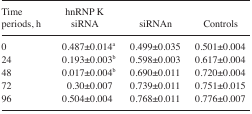
<table><thead><tr><td><b>Time periods, h</b></td><td><b>hnRNP K siRNA</b></td><td><b>siRNAn</b></td><td><b>Controls</b></td></tr></thead><tbody><tr><td>0</td><td>0.487±0.014a</td><td>0.499±0.035</td><td>0.501±0.004</td></tr><tr><td>24</td><td>0.193±0.003b</td><td>0.598±0.003</td><td>0.617±0.004</td></tr><tr><td>48</td><td>0.017±0.004b</td><td>0.690±0.011</td><td>0.720±0.004</td></tr><tr><td>72</td><td>0.30±0.007</td><td>0.739±0.011</td><td>0.751±0.015</td></tr><tr><td>96</td><td>0.504±0.004</td><td>0.768±0.011</td><td>0.776±0.007</td></tr></tbody></table>